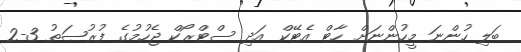
ބަލި ހުންނަ މީހުންނަށް ހާޓް އެޓޭކް އަދި ސްޓްރޯކް ޖެހުމުގެ ފުރުޞަތު 3-2